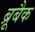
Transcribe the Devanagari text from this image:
ब्रूबैक